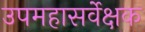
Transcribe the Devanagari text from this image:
उपमहासर्वेक्षक